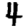
Digit: 4